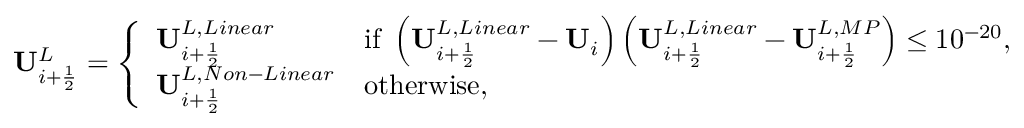
\mathbf { U } _ { i + \frac { 1 } { 2 } } ^ { L } = \left\{ \begin{array} { l l } { \mathbf { U } _ { i + \frac { 1 } { 2 } } ^ { L , L i n e a r } } & { \mathrm { i f ~ } \left( \mathbf { U } _ { i + \frac { 1 } { 2 } } ^ { L , L i n e a r } - \mathbf { U } _ { i } \right) \left( \mathbf { U } _ { i + \frac { 1 } { 2 } } ^ { L , L i n e a r } - \mathbf { U } _ { i + \frac { 1 } { 2 } } ^ { L , M P } \right) \leq 1 0 ^ { - 2 0 } , } \\ { \mathbf { U } _ { i + \frac { 1 } { 2 } } ^ { L , N o n - L i n e a r } } & { \mathrm { o t h e r w i s e } , } \end{array} \right.